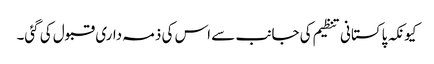
کیونکہ پاکستانی تنظیم کی جانب سے اس کی ذمہ داری قبول کی گئی۔